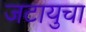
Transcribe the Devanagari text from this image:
जटायुचा